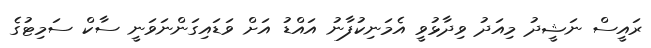
ރައީސް ނަޝީދު މިއަދު ވިދާޅުވީ އެމަނިކުފާނު އައްޑު އަށް ވަޑައިގަންނަވަނީ ސާކް ސަމިޓުގެ